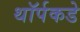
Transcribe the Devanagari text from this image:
थॉर्पकडे